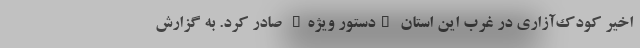
اخیر کودک‌آزاری در غرب این استان "دستور ویژه" صادر کرد. به گزارش